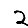
Digit: 2